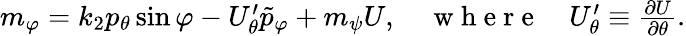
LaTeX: \begin{array}{r}{m_{\varphi}=k_{2}p_{\theta}\sin\varphi-U_{\theta}^{\prime}\tilde{p}_{\varphi}+m_{\psi}U,\quad\mathrm{~w~h~e~r~e~}\quad U_{\theta}^{\prime}\equiv\frac{\partial U}{\partial\theta}.}\end{array}